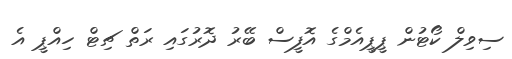
ސިވިލް ކޯޓުން ޕީޕީއެމްގެ އޮފީސް ބޭރު ދޮރުގައި ރަތް ޗިޓް ހިއްޕީ އެ